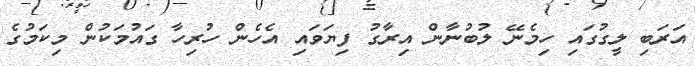
އަރަބި ލީގުގައި ހިމެނޭ ލުބުނާން އިރާގު ފިޔަވައި އެހެން ހުރިހާ ގައުމަކުން މިކަމުގެ